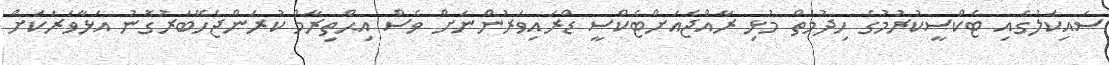
ސައިކަލުގައި ޓެކްސީކުރުމުގެ ހިދުމަތް މުޅި ރާއްޖެއަށްޓެކްސީ ޑްރައިވަރުންނަށް ވެސް އިޙްތިރާމް ކުރަންޖެހޭބަރުގޮނު އަޅާވަރަކަށް